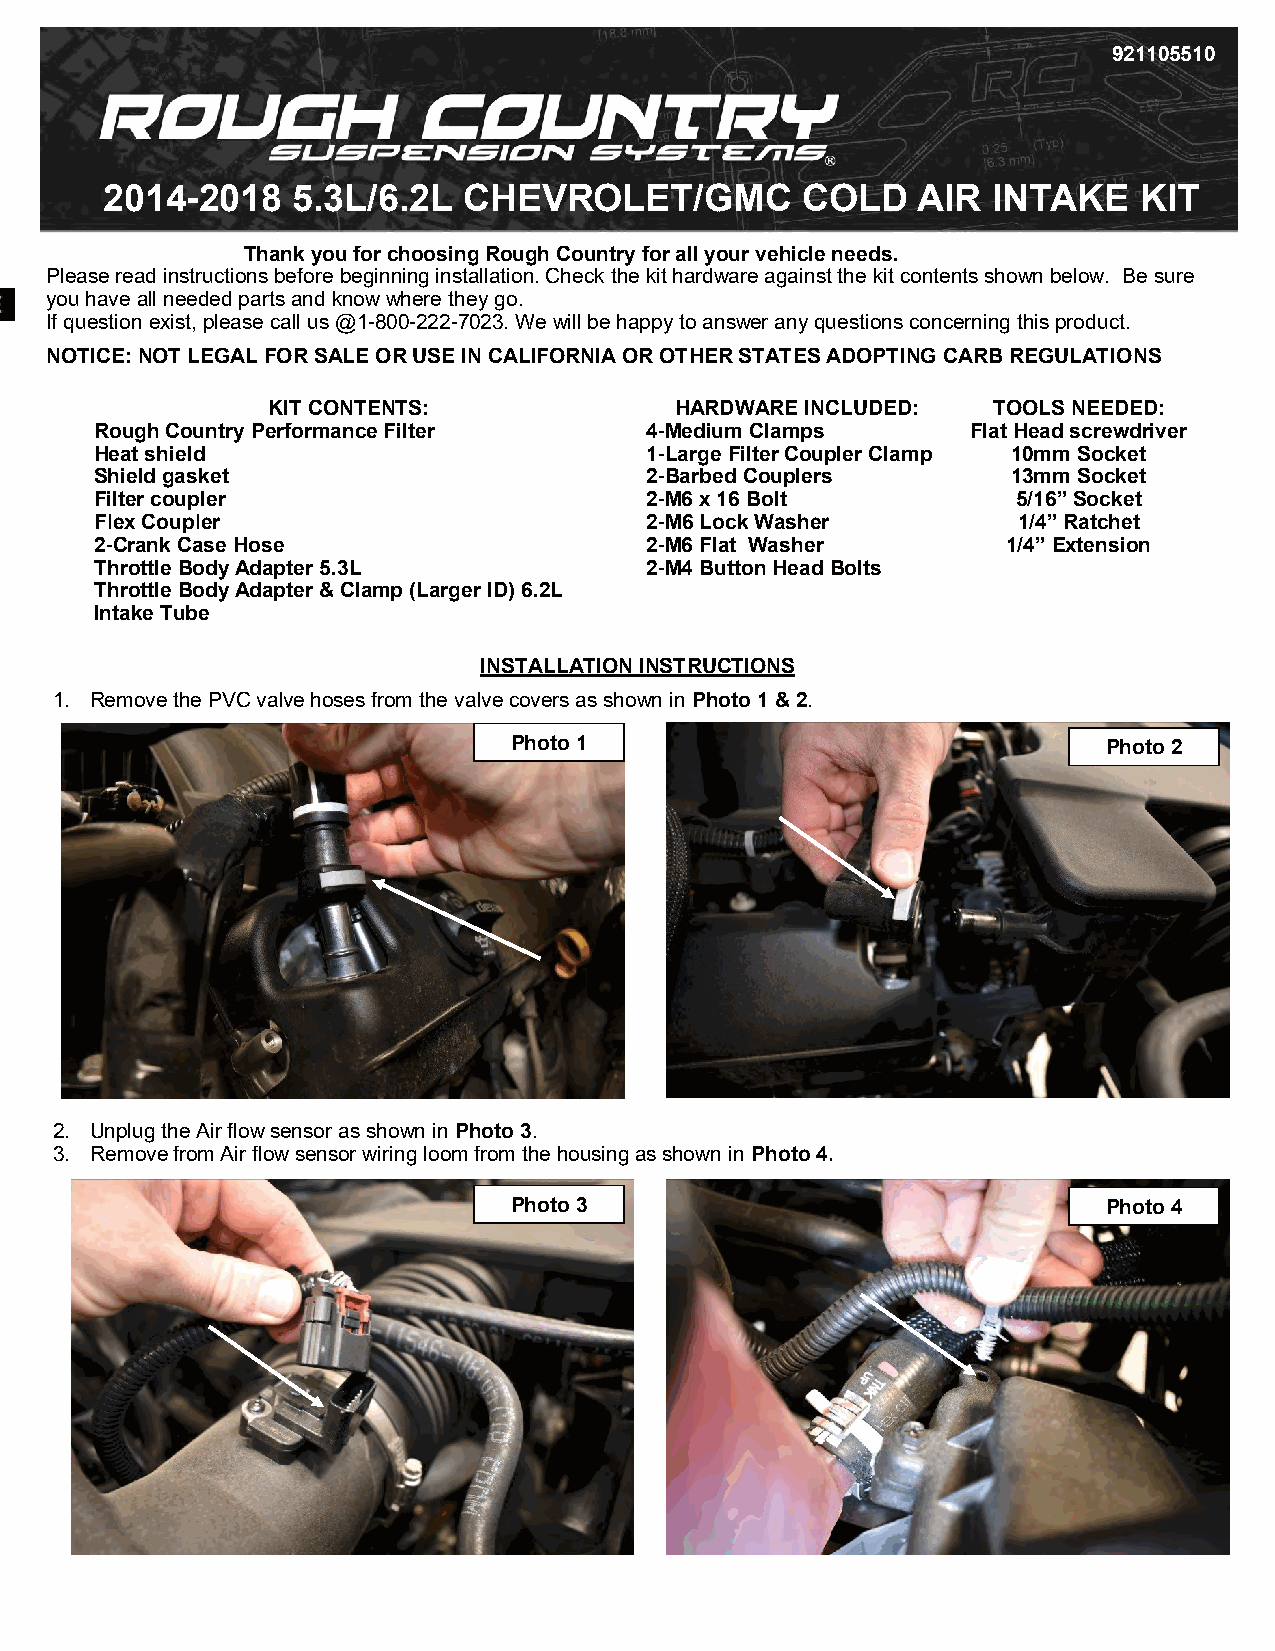
921105510
 2014-2018   5.3L/6.2L   CHEVROLET/GMC         COLD    AIR  INTAKE   KIT
 Thank you for choosing Rough Country for all your vehicle needs.
 Please read instructions before beginning installation. Check the kit hardware against the kit contents shown below. Be sure
 you have all needed parts and know where they go.
 If question exist, please call us @1-800-222-7023. We will be happy to answer any questions concerning this product.
 NOTICE: NOT LEGAL FOR SALE OR USE IN CALIFORNIA OR OTHER STATES ADOPTING CARB REGULATIONS
 KIT CONTENTS:              HARDWARE INCLUDED:   TOOLS NEEDED:
 Rough Country Performance Filter     4-Medium Clamps      Flat Head screwdriver
 Heat shield                          1-Large Filter Coupler Clamp 10mm Socket
 Shield gasket                        2-Barbed Couplers       13mm Socket
 Filter coupler                       2-M6 x 16 Bolt          5/16” Socket
 Flex Coupler                         2-M6 Lock Washer        1/4” Ratchet
 2-Crank Case Hose                    2-M6 Flat Washer        1/4” Extension
 Throttle Body Adapter 5.3L           2-M4 Button Head Bolts
 Throttle Body Adapter & Clamp (Larger ID) 6.2L
 Intake Tube
 INSTALLATION INSTRUCTIONS
 1. Remove the PVC valve hoses from the valve covers as shown in Photo 1 & 2.
 Photo 1                                Photo 2
 Photo 2
 Photo 1
 2. Unplug the Air flow sensor as shown in Photo 3.
 3. Remove from Air flow sensor wiring loom from the housing as shown in Photo 4.
 Photo 3                                Photo 4